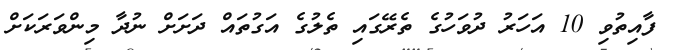
ފާއިތުވި 10 އަހަރު ދުވަހުގެ ތެރޭގައި ތެލުގެ އަގުތައް ދަށަށް ނުދާ މިންވަރަކަށް